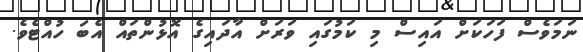
ނަމަވެސް ފަހަކަށް އައިސް މި ކަމުގައި ވަރަށް އާދައިގެ އޮޅުންތައް އެބަ ހުއްޓެވެ.